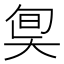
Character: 𡘬